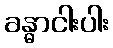
ခန္ဓာငါးပါး